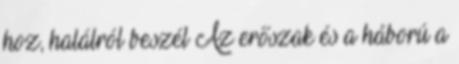
hoz, halálról beszél Az erőszak és a háború a